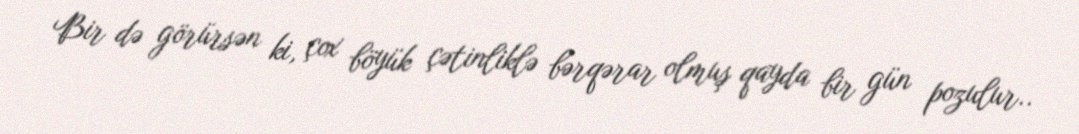
Bir də görürsən ki, çox böyük çətinliklə bərqərar olmuş qayda bir gün pozulur..